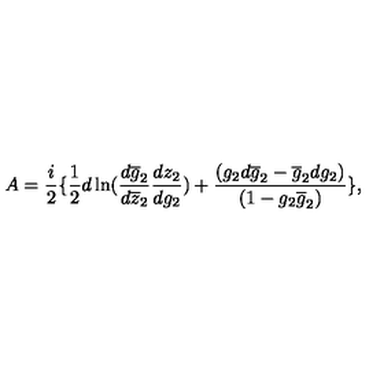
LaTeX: A = \frac { i } { 2 } \{ \frac { 1 } { 2 } d \ln ( \frac { d \overline { { g } } _ { 2 } } { d \overline { { z } } _ { 2 } } \frac { d z _ { 2 } } { d g _ { 2 } } ) + \frac { ( g _ { 2 } d \overline { { g } } _ { 2 } - \overline { { g } } _ { 2 } d g _ { 2 } ) } { ( 1 - g _ { 2 } \overline { { g } } _ { 2 } ) } \} ,